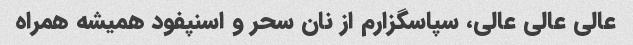
عالی عالی عالی، سپاسگزارم از نان سحر و اسنپفود همیشه همراه